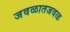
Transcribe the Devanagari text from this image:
जवळातजवळ